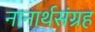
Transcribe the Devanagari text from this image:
नानार्थसंग्रह